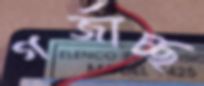
গর্জাচ্ছ